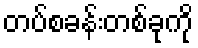
တပ်စခန်းတစ်ခုကို